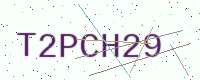
Text: T2PCH29